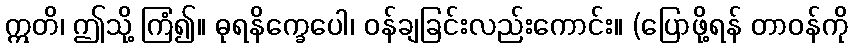
ဣတိ၊ ဤသို့ ကြံ၍။ ဓုရနိက္ခေပေါ၊ ဝန်ချခြင်းလည်းကောင်း။ (ပြောဖို့ရန် တာဝန်ကို